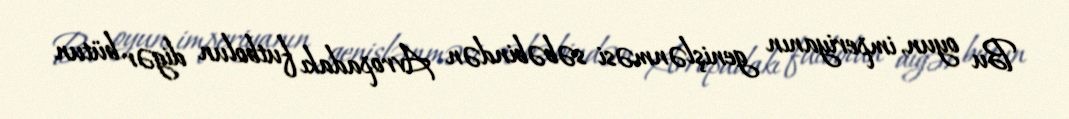
Bu oyun, imperiyanın genişlənməsi səbəbindən Avropadakı futbolun digər bütun